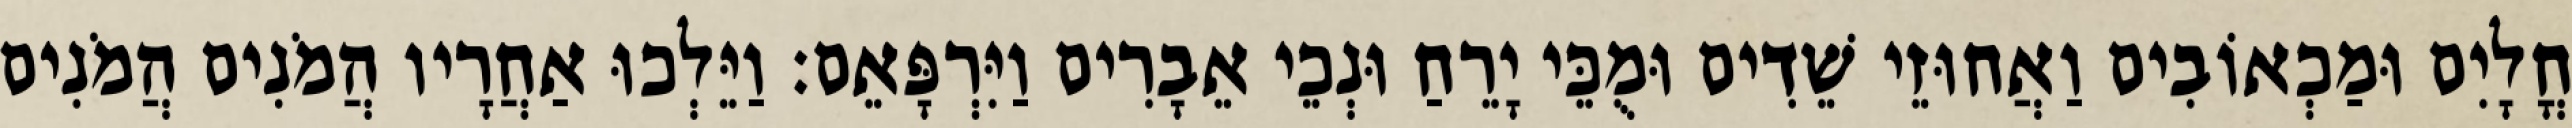
חֳלָיִם וּמַכְאוֹבִים וַאֲחוּזֵי שֵׁדִים וּמֻכֵּי יָרֵחַ וּנְכֵי אֵבָרִים וַיִּרְפָּאֵם׃ וַיֵּלְכוּ אַחֲרָיו הֲמֹנִים הֲמֹנִים